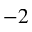
^ { - 2 }